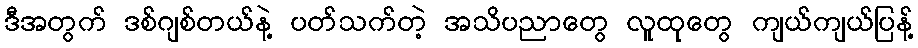
ဒီအတွက် ဒစ်ဂျစ်တယ်နဲ့ ပတ်သက်တဲ့ အသိပညာတွေ လူထုတွေ ကျယ်ကျယ်ပြန့်